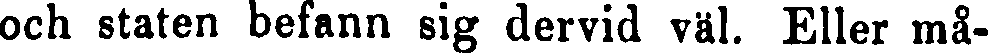
och staten befann sig dervid väl. Eller må-